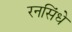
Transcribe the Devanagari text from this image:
रनसिंधे